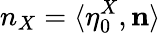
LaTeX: n_{X}=\langle\eta_{0}^{X},\mathbf{n}\rangle